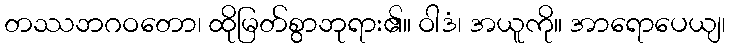
တဿဘဂဝတော၊ ထိုမြတ်စွာဘုရား၏။ ဝါဒံ၊ အယူကို။ အာရောပေယျ၊